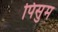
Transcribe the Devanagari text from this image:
पिसुम